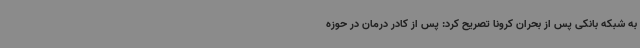
به شبکه بانکی پس از بحران کرونا تصریح کرد: پس از کادر درمان در حوزه